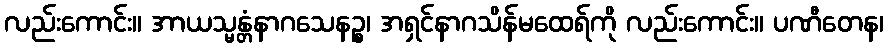
လည်းကောင်း။ အာယသ္မန္တံနာဂသေနဉ္စ၊ အရှင်နာဂသိန်မထေရ်ကို လည်းကောင်း။ ပဏီတေန၊